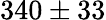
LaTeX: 340\pm 33